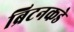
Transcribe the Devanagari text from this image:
ब्रिटनकडे